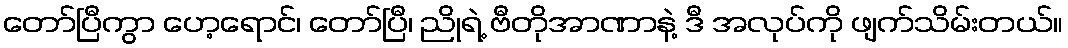
တော်ပြီကွာ ဟေ့ရောင်၊ တော်ပြီ၊ ညိုရဲ့ ဗီတိုအာဏာနဲ့ ဒီ အလုပ်ကို ဖျက်သိမ်းတယ်။